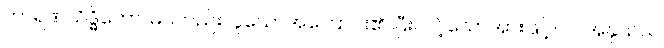
ကာရဏသိဒ္ဓိတော၊ မဂ်တည်းဟူသောအကြောင်း၏ ပြီးလင့်သောအားဖြင့်။ ဝါ၊ အနုသယ